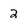
Character: 2